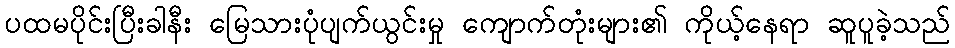
ပထမပိုင်းပြီးခါနီး မြေသားပုံပျက်ယွင်းမှု ကျောက်တုံးများ၏ ကိုယ့်နေရာ ဆူပူခဲ့သည်